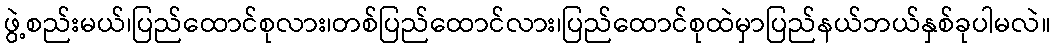
ဖွဲ့စည်းမယ်၊ပြည်ထောင်စုလား၊တစ်ပြည်ထောင်လား၊ပြည်ထောင်စုထဲမှာပြည်နယ်ဘယ်နှစ်ခုပါမလဲ။